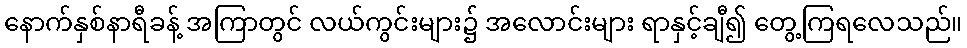
နောက်နှစ်နာရီခန့် အကြာတွင် လယ်ကွင်းများ၌ အလောင်းများ ရာနှင့်ချီ၍ တွေ့ကြရလေသည်။